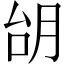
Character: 𪱜